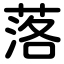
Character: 落